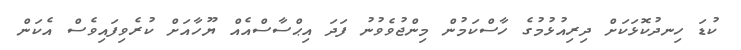
ކުޑަ ހިނދުކޮޅަކަށް ދިރިއުޅުމުގެ ހާސްކަމުން މިންޖުވެވުނު ފަދަ އިޙްސާސްއެއް ޔޫހާއަށް ކުރެވިފައިވެސް އެކަން